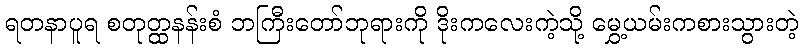
ရတနာပူရ စတုတ္ထနန်းစံ ဘကြီးတော်ဘုရားကို ဒိုးကလေးကဲ့သို့ မွှေ့ယမ်းကစားသွားတဲ့